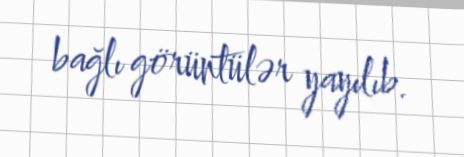
bağlı görüntülər yayılıb.